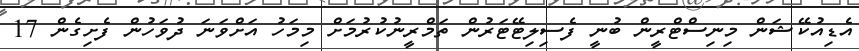
އެޑިއުކޭޝަން މިނިސްޓްރީން ބުނީ ފެސިލިޓޭޓަރުން ތަމްރީނުކުރުމަށް މިމަހު އަށްވަނަ ދުވަހުން ފެށިގެން 17